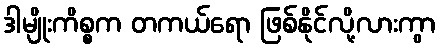
ဒါမျိုးကိစ္စက တကယ်ရော ဖြစ်နိုင်လို့လားကွာ